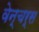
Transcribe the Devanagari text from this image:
वेन्चर्स